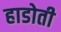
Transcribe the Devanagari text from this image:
हाडोती